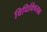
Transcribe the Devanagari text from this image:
विधिविषयक